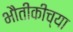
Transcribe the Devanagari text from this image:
भौतीकीच्या